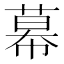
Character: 幕